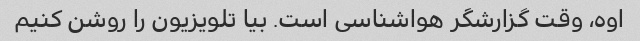
اوه، وقت گزارشگر هواشناسی است. بیا تلویزیون را روشن کنیم